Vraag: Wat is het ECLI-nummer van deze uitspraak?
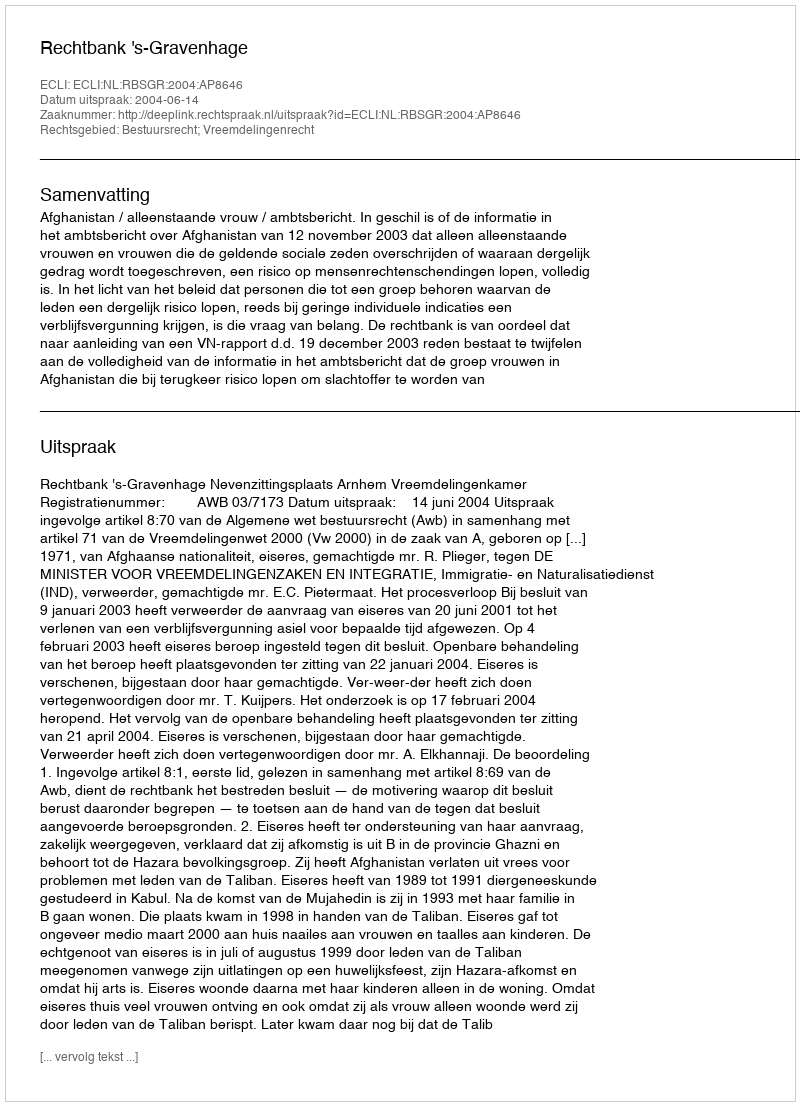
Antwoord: ECLI:NL:RBSGR:2004:AP8646